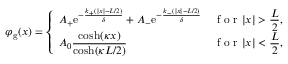
\varphi _ { \mathrm { g } } ( x ) = \left\{ \begin{array} { l l } { \displaystyle A _ { + } \mathrm { e } ^ { - \frac { k _ { + } ( | x | - L / 2 ) } { \delta } } + A _ { - } \mathrm { e } ^ { - \frac { k _ { - } ( | x | - L / 2 ) } { \delta } } } & { \displaystyle \textrm { f o r } | x | > \frac { L } { 2 } , } \\ { \displaystyle A _ { 0 } \frac { \cosh ( \kappa x ) } { \cosh ( \kappa L / 2 ) } } & { \displaystyle \textrm { f o r } | x | < \frac { L } { 2 } , } \end{array} \right.